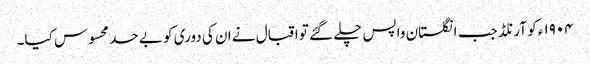
١٩٠۴ء کو آرنلڈ جب انگلستان واپس چلے گئے تو اقبال نے ان کی دوری کو بے حد محسوس کیا۔